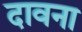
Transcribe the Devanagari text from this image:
दावना